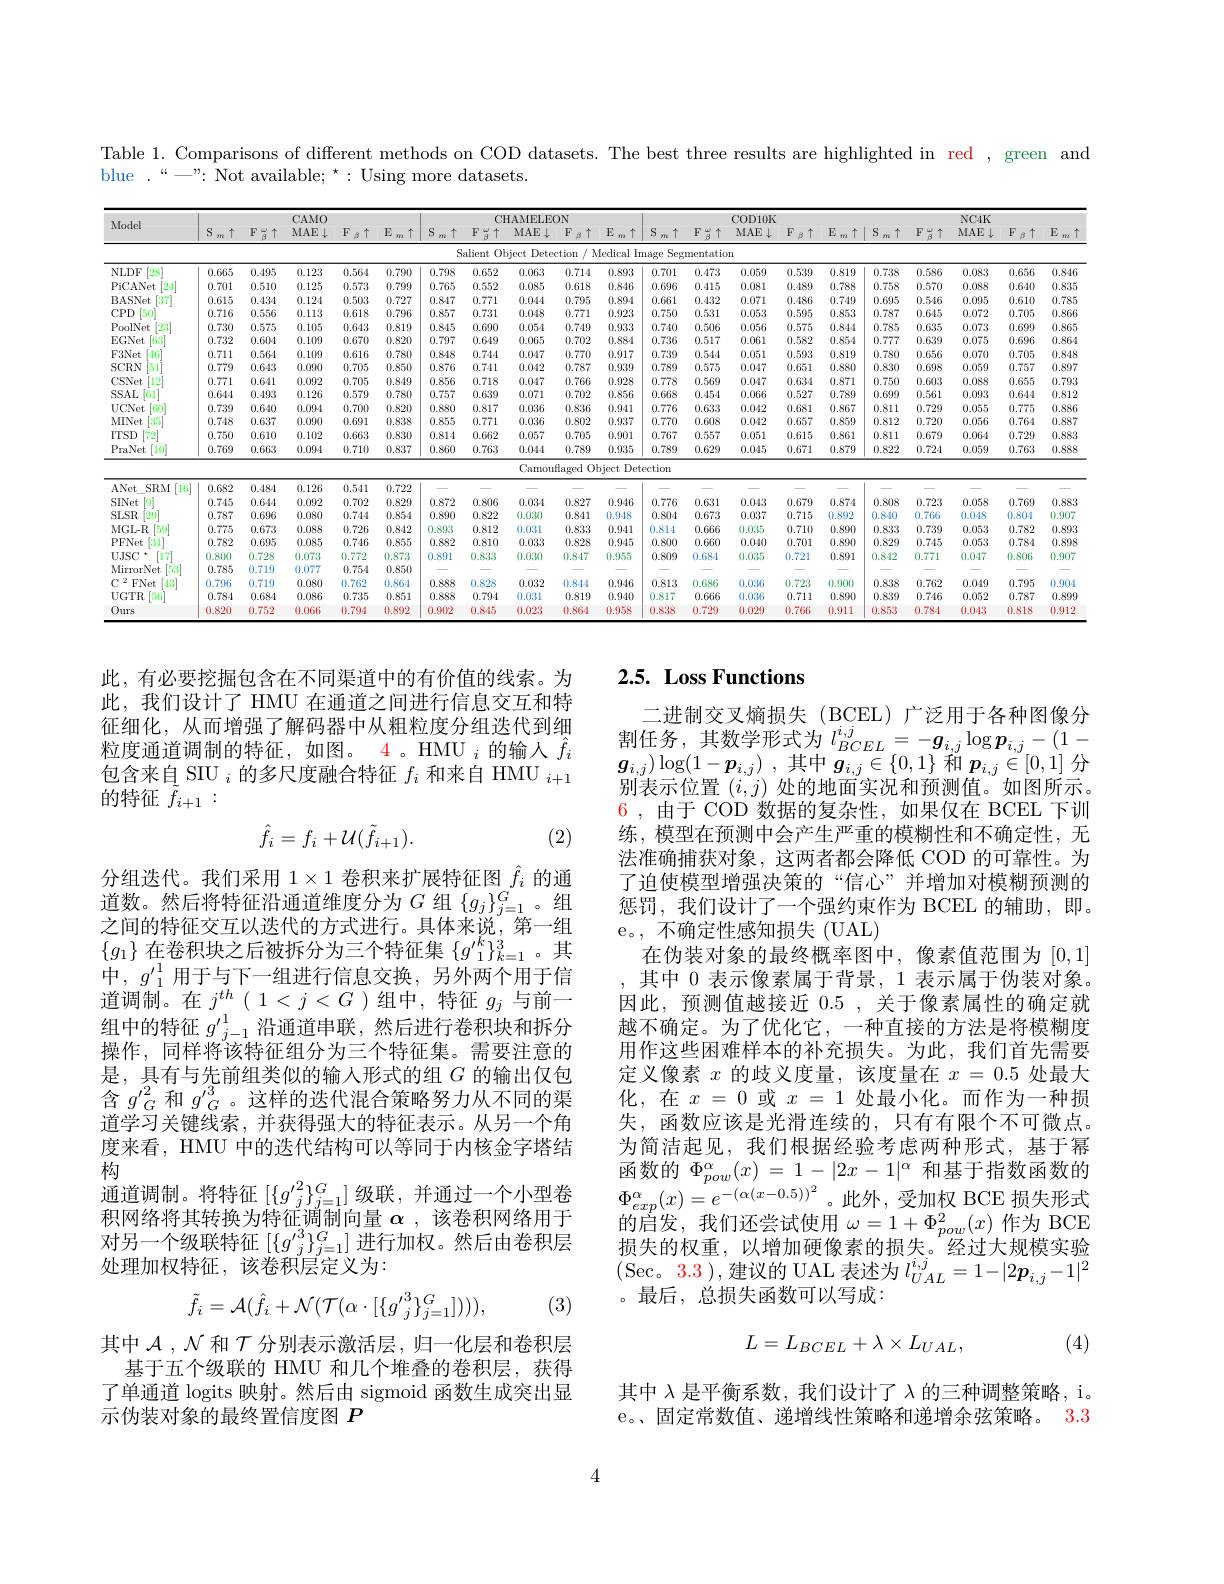
Table 1. Comparisons of different methods on COD datasets. The best three results are highlighted in red , green and
blue.“—”: Not available;“: Using more datasets.

<table>
	<tbody>
		<tr>
			<th rowspan="2">Model</th>
			<th> </th>
			<th> </th>
			<th>CAMO 1</th>
			<th> </th>
			<th> </th>
			<th colspan="5">CHAMIEI.EON</th>
			<th> </th>
			<th> </th>
			<th>COD 1 1 1</th>
			<th>K</th>
			<th> </th>
			<th> </th>
			<th> </th>
			<th>NC4K</th>
			<th> </th>
			<th> </th>
		</tr>
		<tr>
			<th>$S$ $\uparrow$ $m$</th>
			<th>$F_{\beta}\uparrow$</th>
			<th>MAE $\downarrow$</th>
			<th>$\beta\uparrow$ $F$</th>
			<th>$E$ $\uparrow$ $m$</th>
			<th>S $\uparrow$ $m$ </th>
			<th>$F\frac{\omega}{\beta}\uparrow$</th>
			<th>MAE $\downarrow$</th>
			<th>$\beta\uparrow$ $F$ 1 1 1</th>
			<th>$E$ $\uparrow$ $m$</th>
			<th>$S$ $\uparrow$ $m$</th>
			<th>$F\frac{\omega}{\beta}\uparrow$</th>
			<th>MAE</th>
			<th>$F$ $\downarrow$ $\beta$</th>
			<th>$E$ $\uparrow$ $m$</th>
			<th>S $\uparrow$ $m$</th>
			<th>$\begin{array}{c}{'\omega}\\{\beta}\end{array}\uparrow$ $F$</th>
			<th>MAE $\downarrow$</th>
			<th>$F$ $\beta\uparrow$ $\frac{1}{2}=\frac{1}{2}=\frac{1}{2}$</th>
			<th>$E$ $\uparrow$ $m$</th>
		</tr>
		<tr>
			<td> </td>
			<td> </td>
			<td> </td>
			<td> </td>
			<td> </td>
			<td> </td>
			<td>Sa</td>
			<td>$5alient$ 0 1</td>
			<td>Detec $\nu ject$</td>
			<td>ction $l$</td>
			<td>Medica</td>
			<td>Segr nage</td>
			<td>mentatior</td>
			<td>ion</td>
			<td> </td>
			<td> </td>
			<td> </td>
			<td> </td>
			<td> </td>
			<td> </td>
			<td> </td>
		</tr>
		<tr>
			<td>NLDF [28]</td>
			<td>0.665</td>
			<td>0.495</td>
			<td>0.123</td>
			<td>0.564</td>
			<td>0.790</td>
			<td>0.798</td>
			<td>0.652</td>
			<td>0.063</td>
			<td>0.714</td>
			<td>14 0.8</td>
			<td>0.701</td>
			<td>0.473</td>
			<td>0.059</td>
			<td>0.53!</td>
			<td>0.819</td>
			<td>0.738</td>
			<td>0.586</td>
			<td>0.083</td>
			<td>0.656</td>
			<td>0.846</td>
		</tr>
		<tr>
			<td>PiCANet $\begin{bmatrix}24\\-1\end{bmatrix}$</td>
			<td>0.701</td>
			<td>0.510</td>
			<td>0.125</td>
			<td>0.573</td>
			<td>0.799</td>
			<td>0.765</td>
			<td>0.552</td>
			<td>0.085</td>
			<td>0.618</td>
			<td>18 0.8</td>
			<td>0.696</td>
			<td>0.415</td>
			<td>0.081</td>
			<td>0.48!</td>
			<td>0.788</td>
			<td>0.758</td>
			<td>0.570</td>
			<td>0.088</td>
			<td>0.640</td>
			<td>0.835</td>
		</tr>
		<tr>
			<td>$\begin{bmatrix}37\\37\end{bmatrix}$ BASNet</td>
			<td>0.615</td>
			<td>0.434</td>
			<td>0.124</td>
			<td>0.503</td>
			<td>0.727</td>
			<td>0.847</td>
			<td>0.771</td>
			<td>0.044</td>
			<td>0.795</td>
			<td>95 0.89</td>
			<td>0.661</td>
			<td>0.432</td>
			<td>0.071</td>
			<td>0.481</td>
			<td>0.749</td>
			<td>0.695</td>
			<td>0.546</td>
			<td>0.095</td>
			<td>0.610</td>
			<td>0.785</td>
		</tr>
		<tr>
			<td>$CPD$ 150</td>
			<td>0.716</td>
			<td>0.556</td>
			<td>0.113</td>
			<td>0.618</td>
			<td>0.796</td>
			<td>0.857</td>
			<td>0.731</td>
			<td>0.048</td>
			<td>0.771</td>
			<td>71 0.92</td>
			<td>0.750</td>
			<td>0.531</td>
			<td>0.053</td>
			<td>0.59</td>
			<td>0.853</td>
			<td>0.787</td>
			<td>0.645</td>
			<td>0.072</td>
			<td>0.705</td>
			<td>0.866</td>
		</tr>
		<tr>
			<td>$\lceil23\rceil$ PoolNet</td>
			<td>0.730</td>
			<td>0.575</td>
			<td>0.105</td>
			<td>0.643</td>
			<td>0.819</td>
			<td>0.845</td>
			<td>0.690</td>
			<td>0.054</td>
			<td>0.749</td>
			<td>19 0.95</td>
			<td>0.740</td>
			<td>0.506</td>
			<td>0.056</td>
			<td>0.57</td>
			<td>0.844</td>
			<td>0.785</td>
			<td>0.63.5</td>
			<td>0.073</td>
			<td>0.699</td>
			<td>0.865</td>
		</tr>
		<tr>
			<td>EGNet [6.3]</td>
			<td>0.732</td>
			<td>0.604</td>
			<td>0.109</td>
			<td>0.670</td>
			<td>0.820</td>
			<td>0.797</td>
			<td>0.649</td>
			<td>0.065</td>
			<td>0.702</td>
			<td>.22 0.88</td>
			<td>0.736</td>
			<td>0.517</td>
			<td>0.061</td>
			<td>0.58:</td>
			<td>0.854</td>
			<td>0.777</td>
			<td>0.639</td>
			<td>0.075</td>
			<td>0.696</td>
			<td>0.864</td>
		</tr>
		<tr>
			<td>$F27$ m</td>
			<td>77 1</td>
			<td>$ifr1$</td>
			<td>$TM$</td>
			<td>616</td>
			<td>ST</td>
			<td>MS</td>
			<td>744</td>
			<td>$0AT$ T</td>
			<td>771</td>
			<td> </td>
			<td>1</td>
			<td> </td>
			<td>五</td>
			<td> </td>
			<td>2114 1 1</td>
			<td> </td>
			<td>56 T</td>
			<td>171</td>
			<td>705</td>
			<td>348</td>
		</tr>
		<tr>
			<td>SCRN 51</td>
			<td>0.779</td>
			<td>0.643</td>
			<td>0.090</td>
			<td>0.705</td>
			<td>0.850</td>
			<td>0.876</td>
			<td>0.741</td>
			<td>0.042</td>
			<td>0.787</td>
			<td>S7 0.95</td>
			<td>0.789</td>
			<td>0.575</td>
			<td>0.047</td>
			<td>0.65</td>
			<td>0.880</td>
			<td>0.830</td>
			<td>0.698</td>
			<td>0.059</td>
			<td>0.757</td>
			<td>0.897</td>
		</tr>
		<tr>
			<td>$[12^{\prime}]$ CSNet</td>
			<td>0.771</td>
			<td>0.641</td>
			<td>0.092</td>
			<td>0.705</td>
			<td>0.849</td>
			<td>0.856</td>
			<td>0.718</td>
			<td>0.047</td>
			<td>0.766</td>
			<td>56 0.92</td>
			<td>0.778</td>
			<td>0.569</td>
			<td>0.047</td>
			<td>0.63</td>
			<td>0.871</td>
			<td>0.750</td>
			<td>0.603</td>
			<td>0.088</td>
			<td>0.655</td>
			<td>0.793</td>
		</tr>
		<tr>
			<td> </td>
			<td>MA</td>
			<td>$0x$</td>
			<td>26</td>
			<td>170</td>
			<td>ST</td>
			<td>757</td>
			<td> </td>
			<td>17</td>
			<td>700 1 11 112 $a_{2}=\frac{1}{2}$</td>
			<td> </td>
			<td>668</td>
			<td>5.</td>
			<td>166</td>
			<td> </td>
			<td>$SO$</td>
			<td> </td>
			<td>561</td>
			<td>0.2</td>
			<td>124</td>
			<td>N 1</td>
		</tr>
		<tr>
			<td> </td>
			<td>17.471</td>
			<td>57.10</td>
			<td>DALE</td>
			<td>$\Pi.\psi\Gamma$</td>
			<td>TATUL</td>
			<td>17*19</td>
			<td>VAMD</td>
			<td>1.001</td>
			<td>HATUM</td>
			<td> </td>
			<td>PreW</td>
			<td>1/*1/</td>
			<td>STATU</td>
			<td>DAVE</td>
			<td>$V:1V$</td>
			<td>STATU</td>
			<td>STATU</td>
			<td>174</td>
			<td>VAVI</td>
			<td>D.VI-</td>
		</tr>
		<tr>
			<td>UCNet [60]</td>
			<td>0.739</td>
			<td>0.640</td>
			<td>0.094</td>
			<td>0.700</td>
			<td>0.820</td>
			<td>0.880</td>
			<td>0.817</td>
			<td>0.036</td>
			<td>0.836</td>
			<td>36 0.9:</td>
			<td>0.776</td>
			<td>0.633</td>
			<td>0.042</td>
			<td>0.68</td>
			<td>0.867</td>
			<td>0.811</td>
			<td>0.729</td>
			<td>0.055</td>
			<td>0.775</td>
			<td>0.886</td>
		</tr>
		<tr>
			<td>MINet $\begin{bmatrix}35\\35\end{bmatrix}$</td>
			<td>0.748</td>
			<td>0.637</td>
			<td>0.090</td>
			<td>0.691</td>
			<td>0.838</td>
			<td>0.855</td>
			<td>0.771</td>
			<td>0.036</td>
			<td>0.802</td>
			<td>.02 0.95</td>
			<td>0.770</td>
			<td>0.608</td>
			<td>0.042</td>
			<td>0.65</td>
			<td>0.859</td>
			<td>0.812</td>
			<td>0.720</td>
			<td>0.056</td>
			<td>0.764</td>
			<td>0.887</td>
		</tr>
		<tr>
			<td>ITSD $\lceil72\rceil$</td>
			<td>0.750</td>
			<td>0.610</td>
			<td>0.102</td>
			<td>0.663</td>
			<td>0.830</td>
			<td>0.814</td>
			<td>0.662</td>
			<td>0.057</td>
			<td>0.705</td>
			<td>35 0.9(</td>
			<td>0.767</td>
			<td>0.557</td>
			<td>0.051</td>
			<td>0.61</td>
			<td>0.861</td>
			<td>0.811</td>
			<td>0.679</td>
			<td>0.064</td>
			<td>0.729</td>
			<td>0.883</td>
		</tr>
		<tr>
			<td>[10] PraNet</td>
			<td>0.769</td>
			<td>0.663</td>
			<td>0.094</td>
			<td>0.710</td>
			<td>0.837</td>
			<td>0.860</td>
			<td>0.763</td>
			<td>0.044</td>
			<td>0.789</td>
			<td>89 0.95</td>
			<td>0.789</td>
			<td>0.629</td>
			<td>0.045</td>
			<td>0.67</td>
			<td>0.879</td>
			<td>0.822</td>
			<td>0.724</td>
			<td>0.059</td>
			<td>0.763</td>
			<td>0.888</td>
		</tr>
		<tr>
			<td> </td>
			<td> </td>
			<td> </td>
			<td> </td>
			<td> </td>
			<td> </td>
			<td> </td>
			<td> </td>
			<td>Camouf</td>
			<td>flaged Ol</td>
			<td>$0bject$</td>
			<td>ection</td>
			<td> </td>
			<td> </td>
			<td> </td>
			<td> </td>
			<td> </td>
			<td> </td>
			<td> </td>
			<td> </td>
			<td> </td>
		</tr>
		<tr>
			<td>$[16^{\circ}]$ ANet SRM</td>
			<td>0.682</td>
			<td>0.484</td>
			<td>0.126</td>
			<td>0.541</td>
			<td>0.722</td>
			<td> </td>
			<td> </td>
			<td> </td>
			<td> </td>
			<td> </td>
			<td> </td>
			<td> </td>
			<td> </td>
			<td> </td>
			<td> </td>
			<td> </td>
			<td> </td>
			<td> </td>
			<td> </td>
			<td> </td>
		</tr>
		<tr>
			<td>SINet 17</td>
			<td>0.745</td>
			<td>0.644</td>
			<td>0.092</td>
			<td>0.702</td>
			<td>0.829</td>
			<td>0.872</td>
			<td>0.806</td>
			<td>0.034</td>
			<td>0.827</td>
			<td>27 0.94</td>
			<td>0.776</td>
			<td>0.631</td>
			<td>0.043</td>
			<td>0.67!</td>
			<td>0.874</td>
			<td>0.808</td>
			<td>0.723</td>
			<td>0.058</td>
			<td>0.769</td>
			<td>0.883</td>
		</tr>
		<tr>
			<td>SLSR $[29^*$</td>
			<td>0.787</td>
			<td>0.696</td>
			<td>0.080</td>
			<td>0.744</td>
			<td>0.854</td>
			<td>0.890</td>
			<td>0.822</td>
			<td>0.030</td>
			<td>0.841</td>
			<td>41 0.0.1</td>
			<td>0.804</td>
			<td>0.673</td>
			<td>0.037</td>
			<td>0.71</td>
			<td>0.892</td>
			<td>0.8.40</td>
			<td>0.766</td>
			<td>0.048</td>
			<td>0.804</td>
			<td>0.907</td>
		</tr>
		<tr>
			<td>MGL-R [59]</td>
			<td>0.775</td>
			<td>0.673</td>
			<td>0.088</td>
			<td>0.726</td>
			<td>0.842</td>
			<td>0.893</td>
			<td>0.812</td>
			<td>0.031</td>
			<td>0.833</td>
			<td>33 0.9:</td>
			<td>0.814</td>
			<td>0.666</td>
			<td>0.035</td>
			<td>0.71</td>
			<td>0.890</td>
			<td>0.833</td>
			<td>0.739</td>
			<td>0.053</td>
			<td>0.782</td>
			<td>0.893</td>
		</tr>
		<tr>
			<td>PFNet [31]</td>
			<td>0.782</td>
			<td>0.695</td>
			<td>0.085</td>
			<td>0.746</td>
			<td>0.855</td>
			<td>0.882</td>
			<td>0.810</td>
			<td>0.033</td>
			<td>0.828</td>
			<td>28 0.94</td>
			<td>0.800</td>
			<td>0.660</td>
			<td>0.040</td>
			<td>0.70</td>
			<td>0.890</td>
			<td>0.829</td>
			<td>0.745</td>
			<td>0.053</td>
			<td>0.784</td>
			<td>0.898</td>
		</tr>
		<tr>
			<td>UJSC 17</td>
			<td>0.800</td>
			<td>0.728</td>
			<td>0.073</td>
			<td>0.772</td>
			<td>0.873</td>
			<td>0.891</td>
			<td>0.833</td>
			<td>0.030</td>
			<td>0.847</td>
			<td>17 0.95</td>
			<td>0.809</td>
			<td>0.681</td>
			<td>0.035</td>
			<td>0.72.</td>
			<td>0.891</td>
			<td>0.842</td>
			<td>0.771</td>
			<td>0.047</td>
			<td>0.806</td>
			<td>0.907</td>
		</tr>
		<tr>
			<td>MirrorNet 153</td>
			<td>0.785</td>
			<td>0.719</td>
			<td>0.077</td>
			<td>0.754</td>
			<td>0.850</td>
			<td> </td>
			<td> </td>
			<td> </td>
			<td> </td>
			<td> </td>
			<td> </td>
			<td> </td>
			<td> </td>
			<td> </td>
			<td> </td>
			<td> </td>
			<td> </td>
			<td> </td>
			<td> </td>
			<td> </td>
		</tr>
		<tr>
			<td>2 FNet $[4.3^{\circ}$</td>
			<td>0.796</td>
			<td>0.719</td>
			<td>0.080</td>
			<td>0.762</td>
			<td>0.864</td>
			<td>0.888</td>
			<td>0.828</td>
			<td>0.032</td>
			<td>0.844</td>
			<td>14 0.9.</td>
			<td>0.813</td>
			<td>0.686</td>
			<td>0.036</td>
			<td>0.72!</td>
			<td>0.900</td>
			<td>0.838</td>
			<td>0.762</td>
			<td>0.049</td>
			<td>0.795</td>
			<td>0.904</td>
		</tr>
		<tr>
			<td>$UGTR$ $56^{*}$</td>
			<td>0.784</td>
			<td>0.684</td>
			<td>0.086</td>
			<td>0.735</td>
			<td>0.851</td>
			<td>0.888</td>
			<td>0.794</td>
			<td>0.031</td>
			<td>0.819</td>
			<td>19 0.9:</td>
			<td>0.817</td>
			<td>0.666</td>
			<td>0.036</td>
			<td>0.71</td>
			<td>0.890</td>
			<td>0.839</td>
			<td>0.746</td>
			<td>0.052</td>
			<td>0.787</td>
			<td>0.899</td>
		</tr>
		<tr>
			<td>Ours</td>
			<td>0.820</td>
			<td>0.752</td>
			<td>0.066</td>
			<td>0.794</td>
			<td>0.892</td>
			<td>0.902</td>
			<td>0.8.15</td>
			<td>0.023</td>
			<td>0.864</td>
			<td>海 0.95</td>
			<td>0.838</td>
			<td>0.729</td>
			<td>0.029</td>
			<td>$0.76f$</td>
			<td>0.911</td>
			<td>0.853</td>
			<td>0.784</td>
			<td>0.0.13</td>
			<td>0.818</td>
			<td>0.912</td>
		</tr>
	</tbody>
</table>

## 2.5. Loss Functions

此，有必要挖掘包含在不同渠道中的有价值的线索。为此，我们设计了 HMU 在通道之间进行信息交互和特征细化，从而增强了解码器中从粗粒度分组迭代到细粒度通道调制的特征，如图。4。HMU $_i$的输人$\hat{f}_i$ 包含来自 SIU $_i$的多尺度融合特征$f_i$和来自 HMU $_i+1$ 的特征$\tilde{f}_{i+1}:$
$$\hat{f}_i=f_i+\mathcal{U}(\tilde{f}_{i+1}).$$
(2)

二进制交叉熵损失(BCEL)广泛用于各种图像分一 边 间 又 又 响 顶 人 (DCEL), 1/ 2$\pi$ 割 任 务 , 其 数 学 形 式 为 $l_{BCEL}^{i, j}= - g_{i, j}\log \boldsymbol{p}_{i, j}- ( 1-$割 任 务 , 其 数 学 形 式 为 $l_{BCEL}^{i, j}= - \boldsymbol{g}_{i, j}\log \boldsymbol{p}_{i, j}- ( 1-$ $\boldsymbol{g}_{i, j}) \log ( 1- \boldsymbol{p}_{i, j})$ ,其中$g_i,j\in\{0,1\}$和$\boldsymbol{p}_i,j\in[0,1]$分别表示位置($i,j)$处的地面实况和预测值。如图所示。6,由于 COD 数据的复杂性，如果仅在 BCEL 下训练，模型在预测中会产生严重的模糊性和不确定性，无法准确捕获对象，这两者都会降低 COD 的可靠性。为了迫使模型增强决策的“信心”并增加对模糊预测的惩罚，我们设计了一个强约束作为 BCEL 的辅助，即。e。, 不确定性感知损失(UAL)
在伪装对象的最终概率图中，像素值范围为[0,1] 其中 0 表示像素属于背景，1 表示属于伪装对象。因此，预测值越接近0.5,关于像素属性的确定就越不确定。为了优化它，一种直接的方法是将模糊度用作这些困难样本的补充损失。为此，我们首先需要定义像素$x$的歧义度量，该度量在$x=0.5$处最大化，在$x=0$或$x=1$处最小化。而作为一种损失，函数应该是光滑连续的，只有有限个不可微点。为简洁起见，我们根据经验考虑两种形式，基于幂函数的$\Phi _{pow}^\alpha ( x)$ = $1- | 2x- 1| ^\alpha$和基于指数函数的$\Phi_{exp}^{\alpha}(x)=e^{-(\alpha(x-0.5))^{2}}$。此外，受加权 BCE 损失形式的启发，我们还尝试使用$\omega=1+\Phi_pow^2(x)$作为 BCE 损失的权重，以增加硬像素的损失。经过大规模实验$(\operatorname{Sec}_{\text{。3.3 }})$,建议的 UAL 表述为 $l_UAL^{i,j}=1-|2\boldsymbol{p}_{i,j}-1|^2$ 。最后，总损失函数可以写成：

分组迭代。我们采用$1\times1$卷积来扩展特征图$\hat{f}_i$的通道数。然后将特征沿通道维度分为$G$组$\{g_j\}_{j=1}^G$。组之间的特征交互以迭代的方式进行。具体来说，第一组$\{g_{1}\}\underset{1}{\operatorname*{\text{在卷积块之后被拆分为三个特征集}}}\{g_{1}^{\prime k}\}_{k=1}^{3}$。其中，$g^{\prime1}_1$用于与下一组进行信息交换，另外两个用于信道调制。在$j^{th}\left(\begin{array}{c}1<j<G\end{array}\right)$组中，特征$g_j$与前一组中的特征$g^\prime_{j-1}^{\prime1}$沿通道串联，然后进行卷积块和拆分操作，同样将该特征组分为三个特征集。需要注意的是，具有与先前组类似的输入形式的组$G$的输出仅包含$g_G^{\prime2}$和$g_G^{\prime3}$。这样的迭代混合策略努力从不同的渠道学习关键线索，并获得强大的特征表示。从另一个角度来看，HMU 中的迭代结构可以等同于内核金字塔结构
通道调制。将特征$[\{g_j^{\prime2}\}_{j=1}^G]$级联，并通过一个小型卷积网络将其转换为特征调制向量$\alpha$,该卷积网络用于对另一个级联特征$[\{g^{\prime3}_j\}_{j=1}^G]$进行加权。然后由卷积层处理加权特征，该卷积层定义为：
$$\tilde{f}_{i}=\mathcal{A}(\hat{f}_{i}+\mathcal{N}(\mathcal{T}(\alpha\cdot[\{{g'}_{j}^{3}\}_{j=1}^{G}]))),$$
(3)
$$L=L_{BCEL}+\lambda\times L_{UAL},$$
(4)

其中$\mathcal{A},\mathcal{N}$和$\mathcal{T}$分别表示激活层，归一化层和卷积层
基于五个级联的 HMU 和几个堆叠的卷积层，获得了单通道 logits 映射。然后由 sigmoid 函数生成突出显示伪装对象的最终置信度图$P$

其中$\lambda$是平衡系数，我们设计了$\lambda$的三种调整策略，i。e。、固定常数值、递增线性策略和递增余弦策略。3.3

4